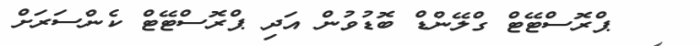
ޕްރޮސްޓޭޓް ގްލޭންޑް ބޮޑުވުން އަދި ޕްރޮސްޓޭޓް ކެންސަރަށް